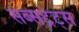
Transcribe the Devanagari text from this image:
सब्सट्रेट्स